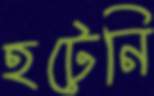
হটেনি